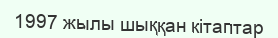
1997 жылы шыққан кітаптар